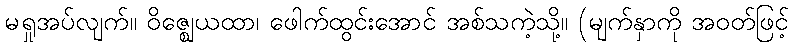
မရှုအပ်လျက်။ ဝိဇ္ဈေယထာ၊ ဖေါက်ထွင်းအောင် အစ်သကဲ့သို့။ (မျက်နှာကို အဝတ်ဖြင့်